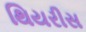
થિયરીસ